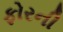
ફોરની